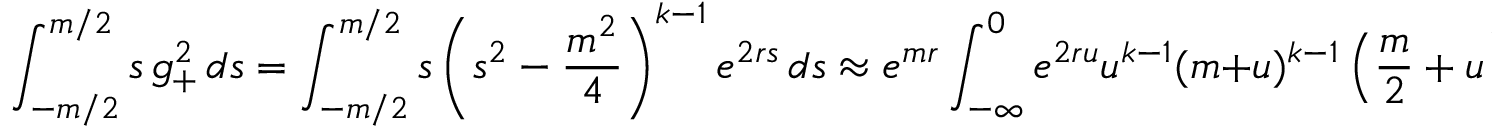
\int _ { - m / 2 } ^ { m / 2 } { s \, g _ { + } ^ { 2 } \, d s } = \int _ { - m / 2 } ^ { m / 2 } { s \left( s ^ { 2 } - \frac { m ^ { 2 } } { 4 } \right) ^ { k - 1 } e ^ { 2 r s } \, d s } \approx e ^ { m r } \int _ { - \infty } ^ { 0 } e ^ { 2 r u } u ^ { k - 1 } ( m + u ) ^ { k - 1 } \left( { \frac { m } { 2 } } + u \right) \, d u \, .